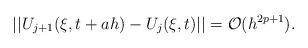
LaTeX: \begin{align*}|| U_{j+1}(\xi, t+ah) - U_j(\xi,t)|| = \mathcal{O}(h^{2p+1}).\end{align*}